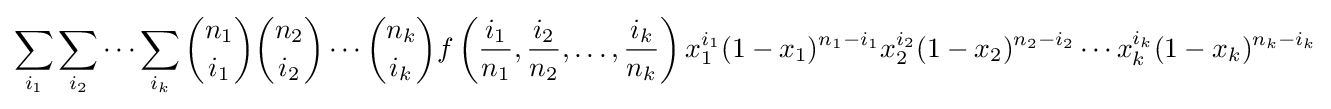
\sum _{i_{1}}\sum _{i_{2}}\cdots \sum _{i_{k}}{n_{1} \choose i_{1}}{n_{2} \choose i_{2}}\cdots {n_{k} \choose i_{k}}f\left({i_{1} \over n_{1}},{i_{2} \over n_{2}},\dots ,{i_{k} \over n_{k}}\right)x_{1}^{i_{1}}(1-x_{1})^{n_{1}-i_{1}}x_{2}^{i_{2}}(1-x_{2})^{n_{2}-i_{2}}\cdots x_{k}^{i_{k}}(1-x_{k})^{n_{k}-i_{k}}